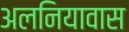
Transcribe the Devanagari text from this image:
अलनियावास